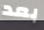
بعد